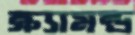
ক্র্যামন্ড